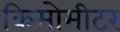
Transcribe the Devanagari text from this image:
किमोमीटर